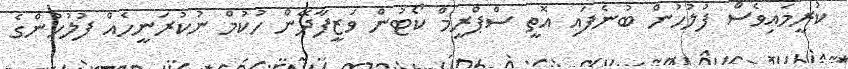
ކުރީމައިވެސް ފުލުހުން ބުނެފައި އޮތީ ސްޕްރީމް ކޯޓުން ވަޒީފާދޭން ހުކުމް ނުކުރަނީހެއްް ފުލުހުންގެ